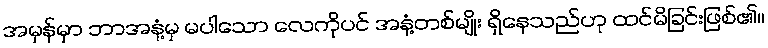
အမှန်မှာ ဘာအနံ့မှ မပါသော လေကိုပင် အနံ့တစ်မျိုး ရှိနေသည်ဟု ထင်မိခြင်းဖြစ်၏။